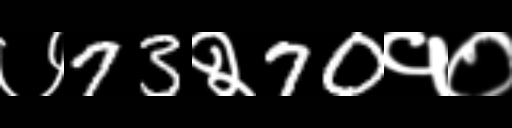
Text: ७73२70१०